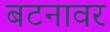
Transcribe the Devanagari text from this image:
बटनावर